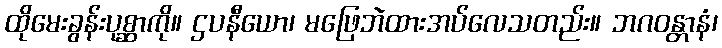
ထိုမေးခွန်းပုစ္ဆာကို။ ဌပနီယော၊ မဖြေဘဲထားအပ်လေသတည်း။ ဘဂဝန္တာနံ၊